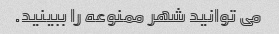
می توانید شهر ممنوعه را ببینید.